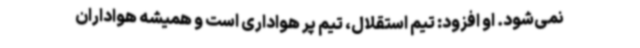
نمی‌شود. او افزود: تیم استقلال، تیم پر هواداری است و همیشه هواداران